Lunatic asylums United Provinces 1899-1908 - 1899-1908
Year: 1899
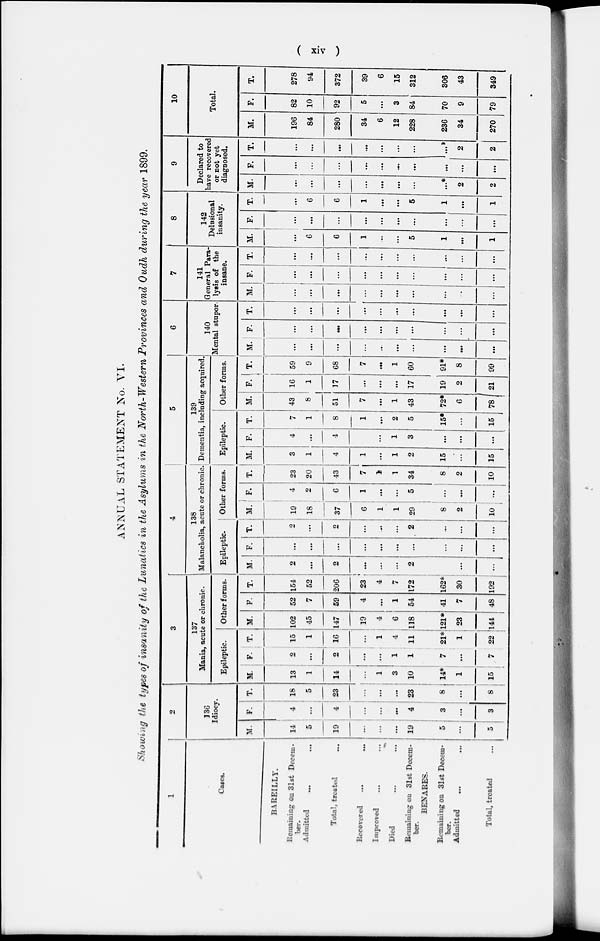
( xiv )
ANNUAL STATEMENT No. VI.
Showing the types of insanity of the Lunatics in the Asylums in the North-Western Provinces and Oudh during the year 1899.
1
Cases.
BAREILLY.
Remaining on 31st Decem-
ber.
Admitted ... ...
Total, treated ...
Recovered ... ...
Improved ... ...
Died ... ...
Remaining on 31st Decem-
ber.
BENARES.
Remaining on 31st Decem-
ber.
Admitted ... ...
Total, treated
...
2
136
Idiocy.
M.
14
5
19
...
...
...
19
5
...
5
F.
4
...
4
...
...
...
4
3
...
3
T.
18
5
23
...
...
...
23
8
...
8
3
137
Mania, acute or chronic.
Epileptic.
M.
13
1
14
...
1
3
10
14*
1
15
F.
2
...
2
...
...
1
1
7
...
7
T.
15
1
16
...
1
4
11
21*
1
22
Other forms.
M.
102
45
147
19
4
6
118
121*
23
144
F.
52
7
59
4
...
1
54
41
7
48
T.
154
52
206
23
4
7
172
162*
30
192
4
138
Malancholia, acute o
Epileptic.
M.
2
...
2
...
...
...
2
...
...
F.
...
...
...
...
...
...
...
...
...
...
T.
2
...
2
...
...
...
2
...
...
...
Other
M.
19
18
37
6
1
1
29
8
2
10
or chronic.
er forms.
F.
4
2
6
1
...
...
5
...
...
...
T.
23
20
43
7
1
1
34
8
2
10
5
139
Dementia, including acquired.
Epileptic.
M.
1
1
4
1
...
1
2
15
...
15
F.
4
...
4
...
1
3
...
...
...
T.
7
1
8
1
...
2
5
15*
...
15
Other forms.
M.
43
8
51
7
...
1
43
72*
6
78
F.
16
1
17
...
...
...
17
19
2
21
T.
59
9
68
7
...
1
60
91*
8
99
6
140
Mental stupor.
M.
...
...
...
...
...
...
...
...
...
...
F.
...
...
...
...
...
...
...
...
...
...
T.
...
...
...
...
...
...
...
...
...
...
7
141
General Para-
lysis of the
insane.
M.
...
...
...
...
...
...
...
...
...
...
F.
...
...
...
...
...
...
...
...
...
...
T.
...
...
...
...
...
...
...
...
...
...
8
142
Delusional
insanity.
M.
...
6
6
1
...
...
5
1
...
1
F.
...
...
...
...
...
...
.. .
...
...
...
T.
...
6
6
1
...
...
5
1
...
1
9
Declared to
have recovered
or not yet
diagnosed.
M.
...
...
...
...
...
...
...
...*
2
...
F.
...
...
...
...
...
...
...
...
...
...
T.
...
...
...
...
...
...
...
...*
2
2
10
Total.
M.
196
84
280
34
6
12
228
236
34
270
F.
82
10
92
5
...
3
84
70
9
79
T.
278
94
372
39
6
15
312
306
43
349